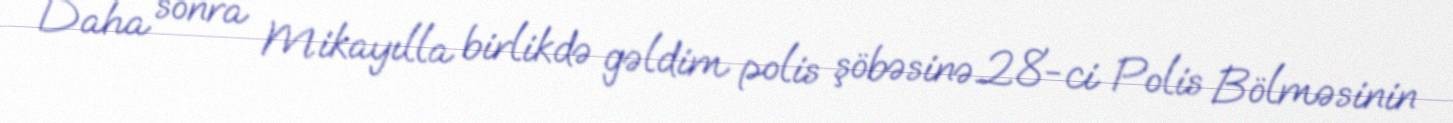
Daha sonra Mikayılla birlikdə gəldim polis şöbəsinə.28-ci Polis Bölməsinin